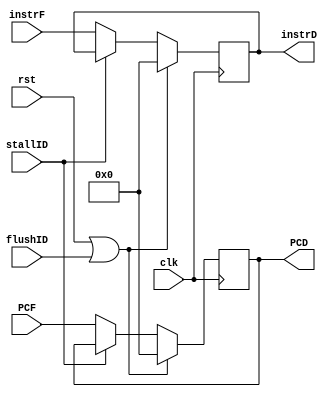
module reg_if_id (
    input wire        clk,
    input wire        rst,
    input wire [31:0] PCF,
    input wire [31:0] instrF,
    input wire        stallID,
    input wire        flushID,

    output reg [31:0] PCD,
    output reg [31:0] instrD
);

  always @(posedge clk) begin
    // flush: reset regs
    if (rst || flushID) begin
      instrD <= 32'h0;
      PCD <= 32'h0;
    end else if (~stallID) begin
      instrD <= instrF;
      PCD <= PCF;
    end
    // stalling: do nothing
  end

endmodule